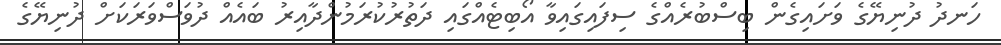
ހަނދު ދުނިޔޭގެ ވަށައިގެން ބިސްބުރެއްގެ ސިފައިގައިވާ އޯބިޓެއްގައި ދަތުރުކުރަމުންދާއިރު ބައެއް ދުވަސްވަރަކަށް ދުނިޔޭގެ